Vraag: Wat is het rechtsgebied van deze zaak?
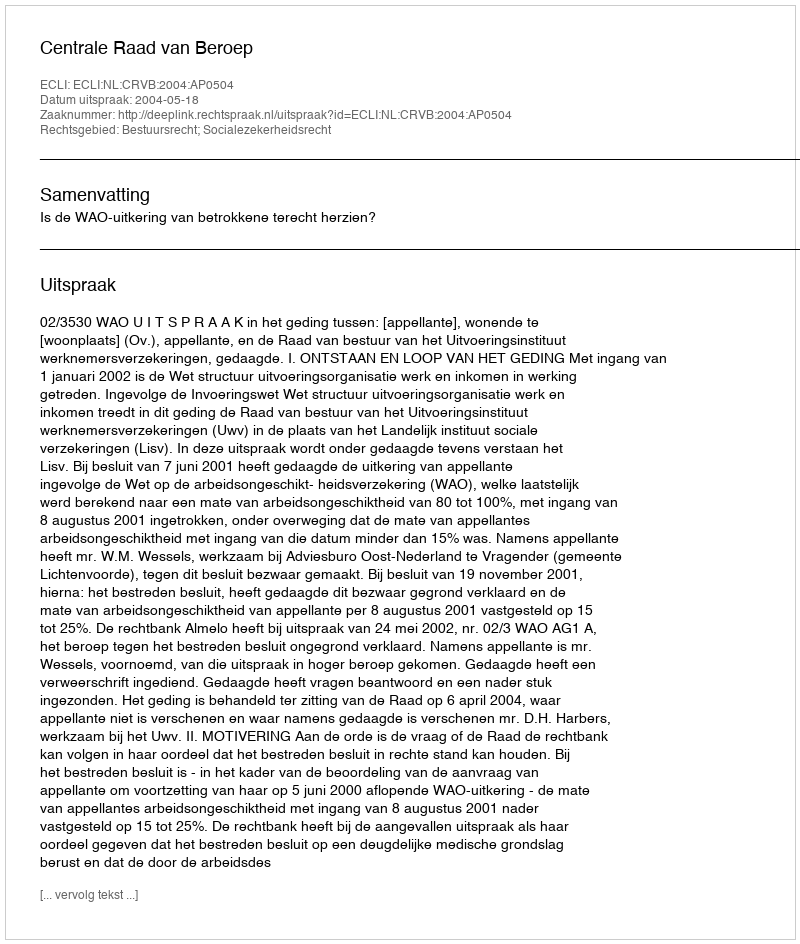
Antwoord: Bestuursrecht; Socialezekerheidsrecht